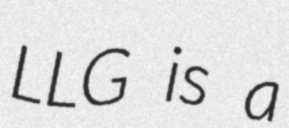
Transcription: LLG is a